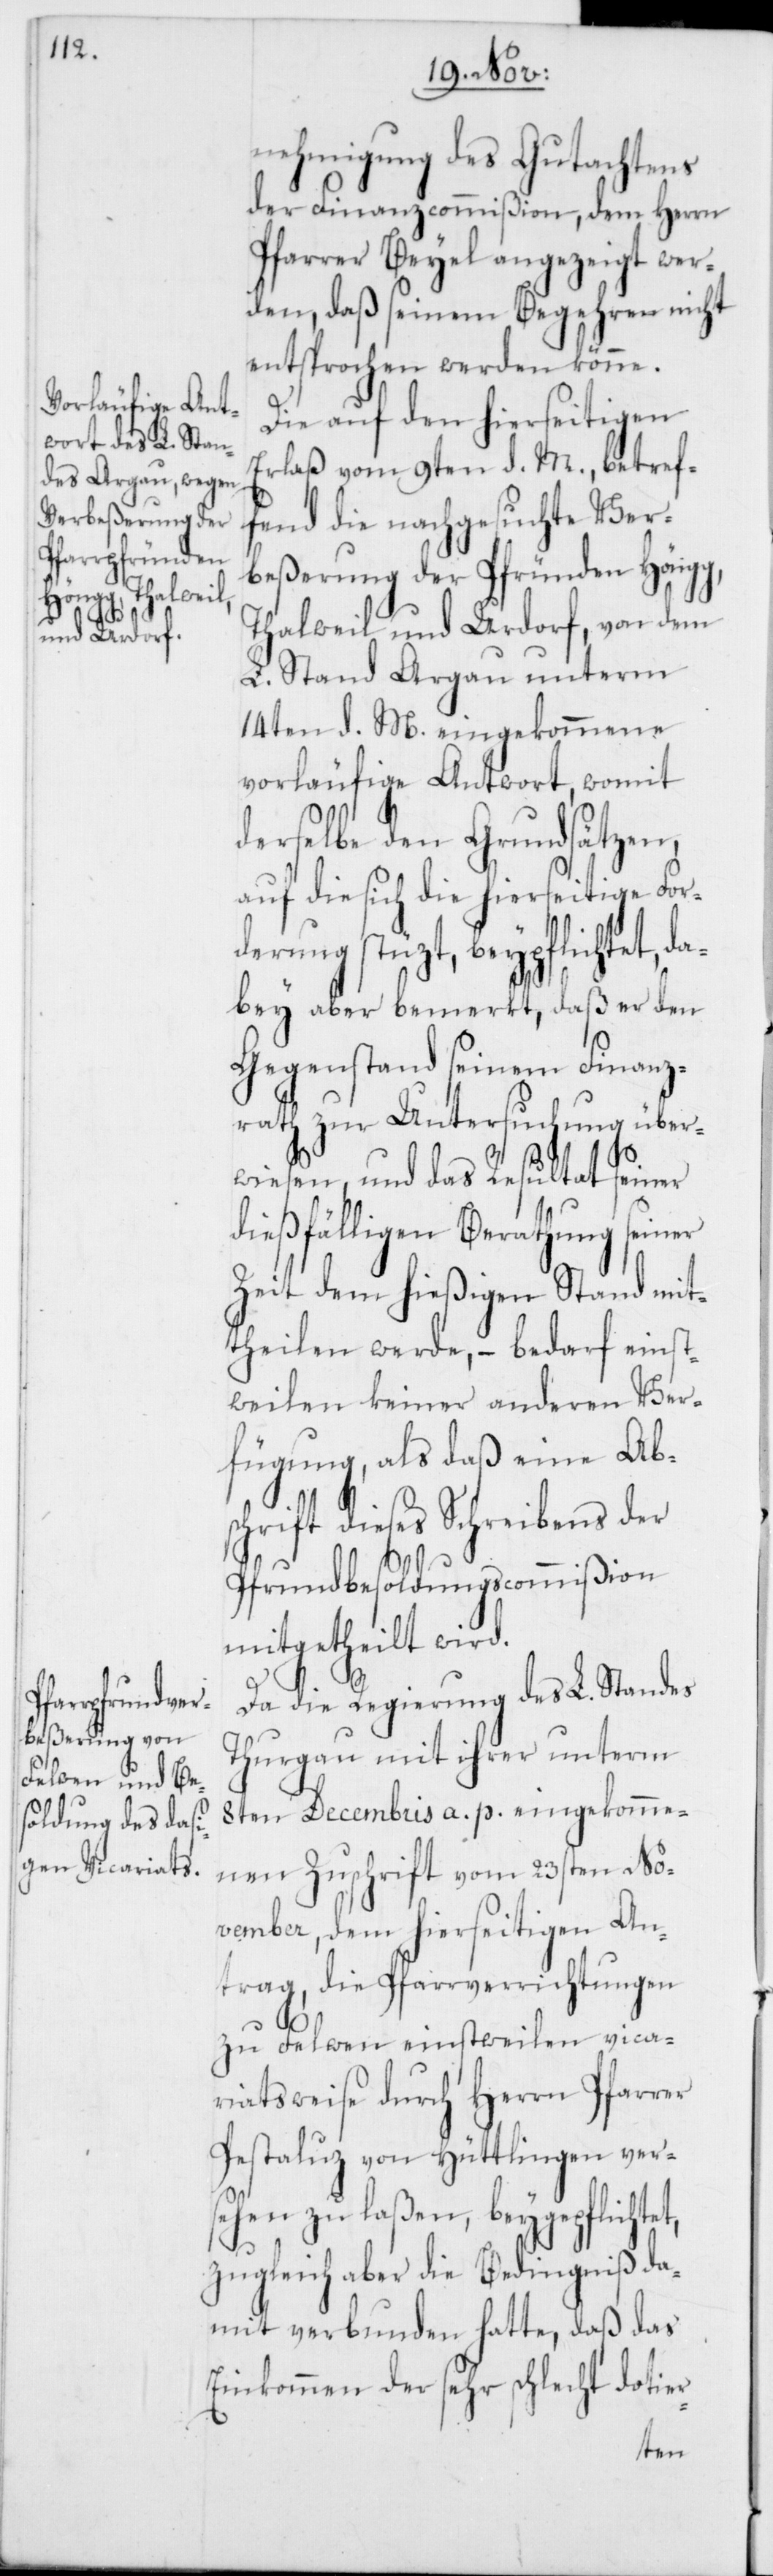
nehmigung des Gutachtens
der Finanzcommißion, dem Herrn
Pfarrer Beyel angezeigt wer¬
den, daß seinem Begehren nicht
entsprochen werden könne.
Die auf den hierseitigen
Erlaß vom 9ten d. M., betref¬
fend die nachgesuchte Ver¬
beßerung der Pfründen Höngg,
Thalweil und Urdorf, von dem
L. Stand Argau unterm
14ten d. M. eingekommene,
vorläufige Antwort, womit
derselbe den Grundsätzen,
auf die sich die hierseitige For¬
derung stüzt, beypflichtet,
dabey aber bemerkt, daß er den
Gegenstand seinem Finanz¬
rath zur Untersuchung über¬
wiesen, und das Resultat seiner
dießfälligen Berathung seiner
Zeit dem hießigen Stand mit¬
theilen werde, – bedarf einst¬
weilen keiner anderen Ver¬
fügung, als daß eine Ab¬
schrift dieses Schreibens der
Pfrundbesoldungscommißion
mitgetheilt wird.
Da die Regierung des L. Standes
Thurgau mit ihrer unterm
8ten Decembris a.p. eingekomme¬
nen Zuschrift vom 23sten No¬
vember, dem hierseitigen An¬
trag, die Pfarrverrichtungen
zu Felwen einstweilen vica¬
riatsweise durch Herrn Pfarrer
Pestaluz von Hüttlingen vers¬
ehen zu laßen, beygepflich¬
zugleich aber die Bedingnis da¬
mit verbunden hatte, daß das
Einkommen der sehr schlecht dotier-
tet,